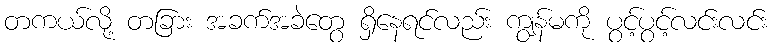
တကယ်လို့ တခြား အခက်အခဲတွေ ရှိနေရင်လည်း ကျွန်မကို ပွင့်ပွင့်လင်းလင်း